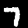
Label: 7